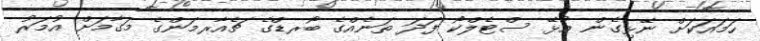
ހަމައަކަށް ނޭޅިގެން އުޅޭ ސްޓެލްކޯ ފަދަ ތަނެއްގެ ބޯރޑްގެ ޗެއާރމަންގެ މަގާމަށް އުމަރު